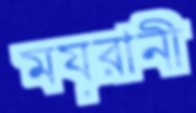
ময়রানী